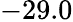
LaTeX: -29.0